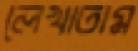
লেখাতাম